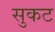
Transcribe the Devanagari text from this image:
सुकट